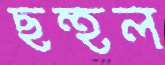
ছহুল